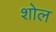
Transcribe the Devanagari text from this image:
शोल